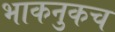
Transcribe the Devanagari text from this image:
भाकनुकच